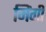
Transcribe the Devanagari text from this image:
मिंगी